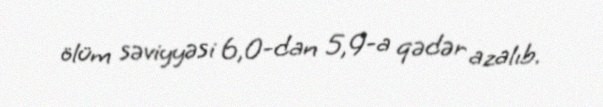
ölüm səviyyəsi 6,0-dan 5,9-a qədər azalıb.